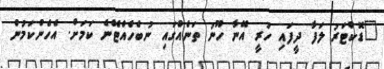
"ޑޮކްޓަރު ލަފާ ދީފައި ހުރީ އޭނާ ހޫނު ތަނެއްގައި ނުބެހެއްޓޭނެ ކަމަށް. އެހެންކަމުން